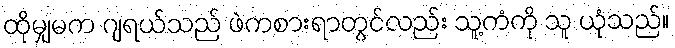
ထိုမျှမက ဂျရယ်သည် ဖဲကစားရာတွင်လည်း သူ့ကံကို သူ ယုံသည်။